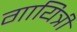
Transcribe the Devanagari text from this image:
गायित्री